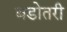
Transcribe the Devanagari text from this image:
बडोतरी